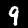
Label: 9